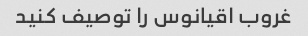
غروب اقیانوس را توصیف کنید